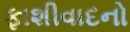
ફાશીવાદનો